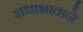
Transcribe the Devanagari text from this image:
राधाभावाने